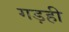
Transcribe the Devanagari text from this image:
गड़ही